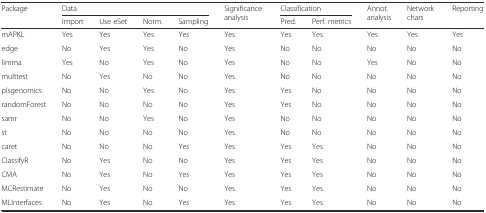
<table><thead><tr><td rowspan="2"><b>Package</b></td><td colspan="4"><b>Data</b></td><td rowspan="2"><b>Significance analysis</b></td><td colspan="2"><b>Classification</b></td><td rowspan="2"><b>Annot. analysis</b></td><td rowspan="2"><b>Network chars</b></td><td rowspan="2"><b>Reporting</b></td></tr><tr><td><b>Import</b></td><td><b>Use eSet</b></td><td><b>Norm.</b></td><td><b>Sampling</b></td><td><b>Pred.</b></td><td><b>Perf. metrics</b></td></tr></thead><tbody><tr><td>mAPKL</td><td>Yes</td><td>Yes</td><td>Yes</td><td>Yes</td><td>Yes</td><td>Yes</td><td>Yes</td><td>Yes</td><td>Yes</td><td>Yes</td></tr><tr><td>edge</td><td>No</td><td>Yes</td><td>Yes</td><td>No</td><td>Yes</td><td>No</td><td>No</td><td>No</td><td>No</td><td>No</td></tr><tr><td>limma</td><td>Yes</td><td>No</td><td>Yes</td><td>No</td><td>Yes</td><td>No</td><td>No</td><td>Yes</td><td>No</td><td>No</td></tr><tr><td>multtest</td><td>No</td><td>Yes</td><td>No</td><td>No</td><td>Yes</td><td>No</td><td>No</td><td>No</td><td>No</td><td>No</td></tr><tr><td>plsgenomics</td><td>No</td><td>No</td><td>Yes</td><td>No</td><td>Yes</td><td>Yes</td><td>No</td><td>No</td><td>No</td><td>No</td></tr><tr><td>randomForest</td><td>No</td><td>No</td><td>No</td><td>No</td><td>Yes</td><td>Yes</td><td>No</td><td>No</td><td>No</td><td>No</td></tr><tr><td>samr</td><td>No</td><td>No</td><td>Yes</td><td>No</td><td>Yes</td><td>No</td><td>No</td><td>No</td><td>No</td><td>No</td></tr><tr><td>st</td><td>No</td><td>No</td><td>No</td><td>No</td><td>Yes</td><td>No</td><td>No</td><td>No</td><td>No</td><td>No</td></tr><tr><td>caret</td><td>No</td><td>No</td><td>No</td><td>Yes</td><td>Yes</td><td>Yes</td><td>Yes</td><td>No</td><td>No</td><td>No</td></tr><tr><td>ClassifyR</td><td>No</td><td>Yes</td><td>No</td><td>No</td><td>Yes</td><td>Yes</td><td>Yes</td><td>No</td><td>No</td><td>No</td></tr><tr><td>CMA</td><td>No</td><td>Yes</td><td>No</td><td>Yes</td><td>Yes</td><td>Yes</td><td>Yes</td><td>No</td><td>No</td><td>No</td></tr><tr><td>MCRestimate</td><td>No</td><td>Yes</td><td>No</td><td>No</td><td>Yes</td><td>Yes</td><td>Yes</td><td>No</td><td>No</td><td>No</td></tr><tr><td>MLInterfaces</td><td>No</td><td>Yes</td><td>No</td><td>Yes</td><td>Yes</td><td>Yes</td><td>Yes</td><td>No</td><td>No</td><td>No</td></tr></tbody></table>